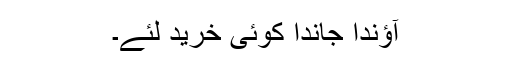
آؤندا جاندا کوئی خرید لئے۔